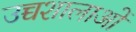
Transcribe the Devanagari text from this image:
उच्चशालाओं